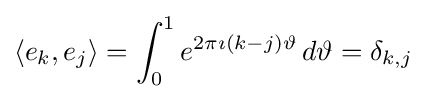
\langle e_{k},e_{j}\rangle =\int _{0}^{1}e^{2\pi \imath (k-j)\vartheta }\,d\vartheta =\delta _{k,j}